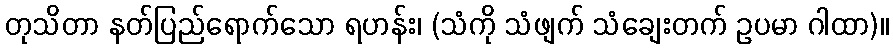
တုသိတာ နတ်ပြည်ရောက်သော ရဟန်း၊ (သံကို သံဖျက် သံချေးတက် ဥပမာ ဂါထာ)။